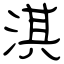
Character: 淇